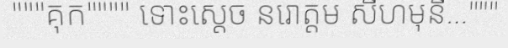
"""គុក"""" ទោះស្តេច នរោត្តម សីហមុនី..."""